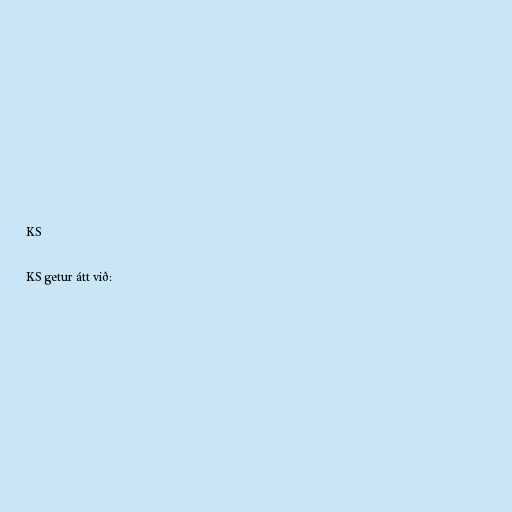
KS

KS getur átt við: